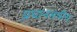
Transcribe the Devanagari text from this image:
प्रधानमंत्रीय